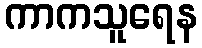
ကာကသူရေန